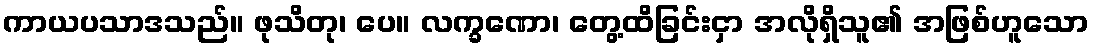
ကာယပသာဒသည်။ ဖုသိတု၊ ပေ။ လက္ခဏော၊ တွေ့ထိခြင်းငှာ အလိုရှိသူ၏ အဖြစ်ဟူသော